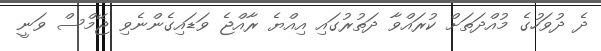
ދެ ދުވަހުގެ މުއްދަތަށް ކުރައްވާ ދަތުރުގައި އިއްޔެ ރާއްޖެ ވަޑައިގެންނެވި ޖޭމްސް ވަނީ